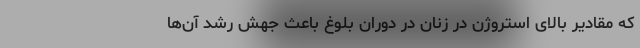
که مقادیر بالای استروژن در زنان در دوران بلوغ باعث جهش رشد آن‌ها